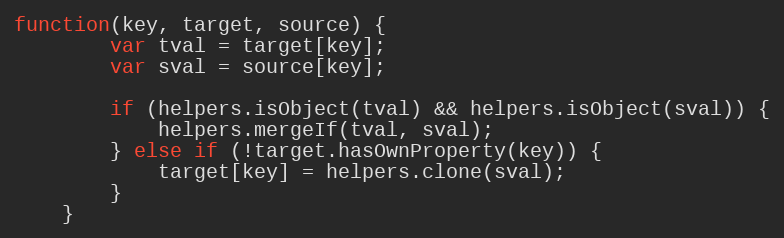
Language: JavaScript
function(key, target, source) {
		var tval = target[key];
		var sval = source[key];

		if (helpers.isObject(tval) && helpers.isObject(sval)) {
			helpers.mergeIf(tval, sval);
		} else if (!target.hasOwnProperty(key)) {
			target[key] = helpers.clone(sval);
		}
	}